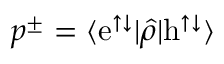
p ^ { \pm } = \langle \mathrm { e } ^ { \uparrow \downarrow } | \hat { \rho } | \mathrm { h } ^ { \uparrow \downarrow } \rangle